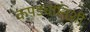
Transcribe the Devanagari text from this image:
कपड्यांनिशी